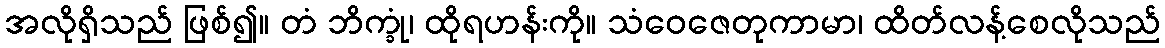
အလိုရှိသည် ဖြစ်၍။ တံ ဘိက္ခုံ၊ ထိုရဟန်းကို။ သံဝေဇေတုကာမာ၊ ထိတ်လန့်စေလိုသည်